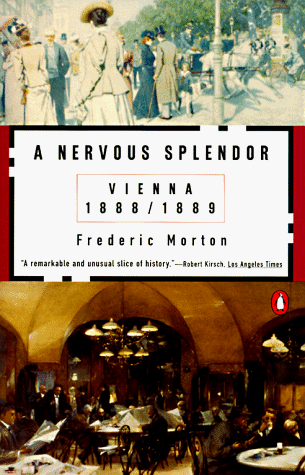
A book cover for A Nervous Splendor: Vienna 1888-1889; Frederic Morton; Biographies & Memoirs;